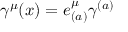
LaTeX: \gamma ^ { \mu } ( x ) = e _ { ( a ) } ^ { \mu } \gamma ^ { ( a ) }